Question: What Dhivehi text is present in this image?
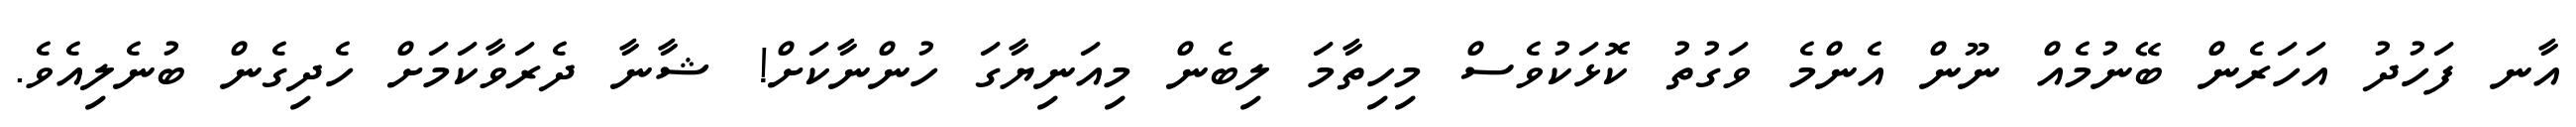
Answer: އާނ ފަހުދު އަހަރެން ބޭނުމެއް ނޫން އެންމެ ވަގުތު ކޮޅަކުވެސް މިހިތާމަ ލިބެން މިއަނިޔާގަ ހުންނާކަށް! ޝާނާ ދެރަވާކަމަށް ހެދިގެން ބުނެލިއެވެ.